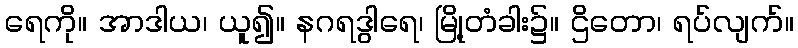
ရေကို။ အာဒါယ၊ ယူ၍။ နဂရဒွါရေ၊ မြို့တံခါး၌။ ဌိတော၊ ရပ်လျက်။